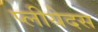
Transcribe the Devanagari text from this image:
प्लीयेदस